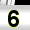
Digit: 6